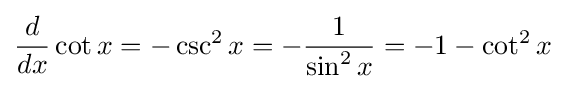
{\frac {d}{dx}}\cot x=-\csc ^{2}x=-{\frac {1}{\sin ^{2}x}}=-1-\cot ^{2}x